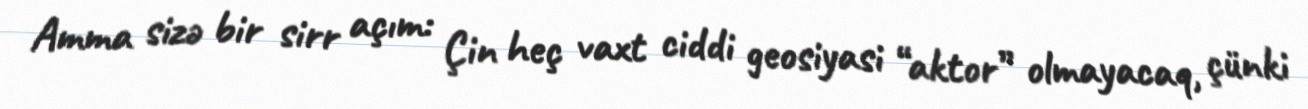
Amma sizə bir sirr açım: Çin heç vaxt ciddi geosiyasi “aktor” olmayacaq, çünki